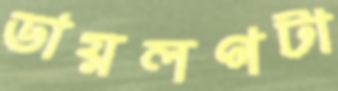
ডায়লগটা